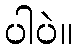
ပါပဲ။